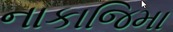
નાકાજિમા